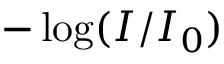
- \log ( I / I _ { 0 } )